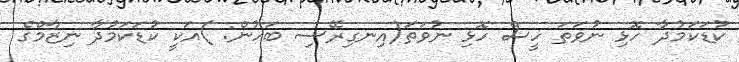
ކުޑަކަމުދާ ހޮޅި ނުވަތަ ހީސް ހޮޅި ނުވަތަ(އިނގިރޭސި ބަހުން: )އަކީ ކުޑަކަމުދާ ނިޒާމްގެ